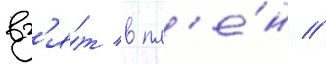
вз'я́т в пл'е́н //